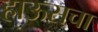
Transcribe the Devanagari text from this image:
हाऊसचा